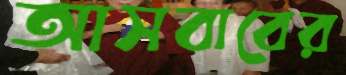
আসবাবের